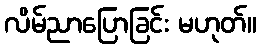
လိမ်ညာပြောခြင်း မဟုတ်။